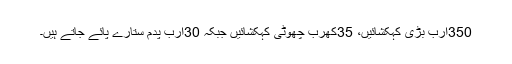
350ارب بڑی کہکشائیں، 35کھرب چھوٹی کہکشائیں جبکہ 30ارب پدم ستارے پائے جاتے ہیں۔